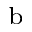
^ \mathrm { b }